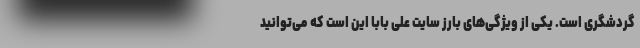
گردشگری است. یکی از ویژگی‌های بارز سایت علی بابا این است که می‌توانید